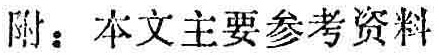
附：本文主要参考资料